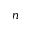
^ Ḋ n Ḍ